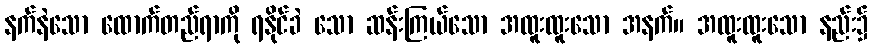
နက်နဲသော ထောက်တည်ရာကို ရနိုင်ခဲ သော ဆန်းကြယ်သော အထူးထူးသော အနက်။ အထူးထူးသော နည်း၌